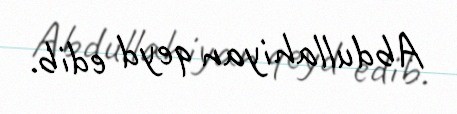
Abdullahiyan qeyd edib.